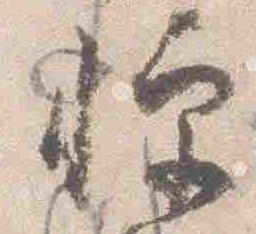
憚